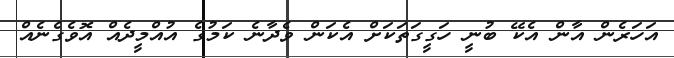
އަހަރެން އާން އެކޭ ބުނީ ހަގީގަތަކަށް އެކަން ވެދާނެ ކަމުގެ އުއްމީދެއް އޮވެގެނެއް